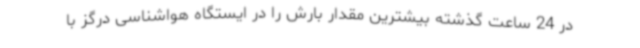
در 24 ساعت گذشته بیشترین مقدار بارش را در ایستگاه هواشناسی درگز با